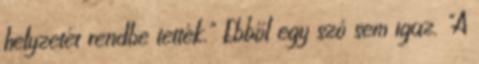
helyzetét rendbe tették." Ebből egy szó sem igaz. "A